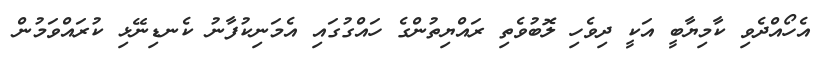
އެހޯއްދެވި ކާމިޔާބީ އަކީ ދިވެހި ލޮބުވެތި ރައްޔިތުންގެ ހައްގުގައި އެމަނިކުފާނު ކެނޑިނޭޅި ކުރައްވަމުން